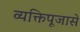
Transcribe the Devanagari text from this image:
व्यक्तिपूजासे